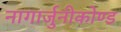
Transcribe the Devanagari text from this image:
नागार्जुनीकोण्ड